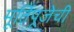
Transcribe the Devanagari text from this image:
मूर्तिपूजेची